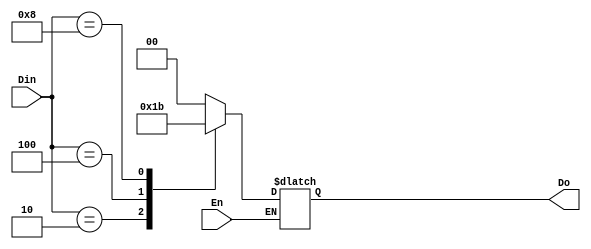
module encoder(Do,Din,En);
input En;
input[3:0]Din;
output [1:0]Do;
reg [1:0]Do;
always@(En or Din)
begin
if(En)
begin
case(Din)
4'b0001:Do=2'b00;
4'b0010:Do=2'b01;
4'b0100:Do=2'b10;
4'b1000:Do=2'b11;
default:Do=2'bzz;
endcase
end
end
endmodule